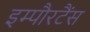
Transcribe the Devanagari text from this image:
इम्पौरटैंस